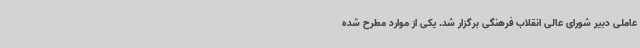
عاملی دبیر شورای عالی انقلاب فرهنگی برگزار شد. یکی از موارد مطرح شده